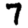
Digit: 7